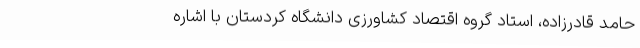
حامد قادرزاده، استاد گروه اقتصاد کشاورزی دانشگاه کردستان با اشاره